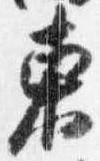
東